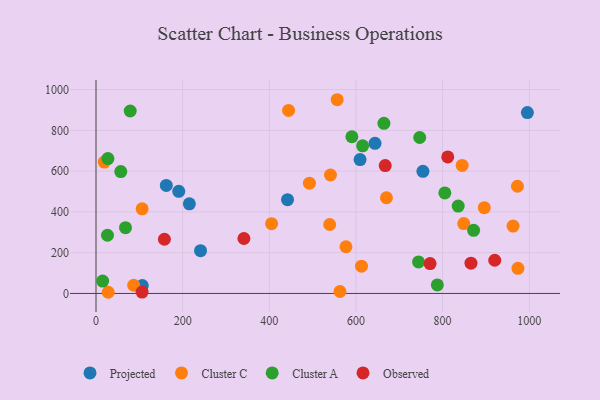
{"axis": {"x": "Price", "y": "Demand"}, "legend": ["Cluster A", "Cluster C", "Observed", "Projected"], "data": [{"x": "995.7", "y": 886.9, "type": "Projected"}, {"x": "215.5", "y": 439.5, "type": "Projected"}, {"x": "442.1", "y": 460.0, "type": "Projected"}, {"x": "162.3", "y": 529.6, "type": "Projected"}, {"x": "191.0", "y": 500.6, "type": "Projected"}, {"x": "241.3", "y": 210.0, "type": "Projected"}, {"x": "106.9", "y": 38.9, "type": "Projected"}, {"x": "644.0", "y": 736.2, "type": "Projected"}, {"x": "609.5", "y": 656.5, "type": "Projected"}, {"x": "754.6", "y": 598.9, "type": "Projected"}, {"x": "405.3", "y": 342.2, "type": "Cluster C"}, {"x": "492.6", "y": 540.9, "type": "Cluster C"}, {"x": "563.1", "y": 9.7, "type": "Cluster C"}, {"x": "972.8", "y": 525.7, "type": "Cluster C"}, {"x": "106.5", "y": 415.1, "type": "Cluster C"}, {"x": "670.4", "y": 469.2, "type": "Cluster C"}, {"x": "962.7", "y": 330.4, "type": "Cluster C"}, {"x": "19.1", "y": 644.0, "type": "Cluster C"}, {"x": "28.2", "y": 5.8, "type": "Cluster C"}, {"x": "541.2", "y": 580.8, "type": "Cluster C"}, {"x": "539.4", "y": 338.1, "type": "Cluster C"}, {"x": "612.8", "y": 134.0, "type": "Cluster C"}, {"x": "845.2", "y": 627.9, "type": "Cluster C"}, {"x": "556.7", "y": 949.9, "type": "Cluster C"}, {"x": "86.9", "y": 40.3, "type": "Cluster C"}, {"x": "848.9", "y": 342.5, "type": "Cluster C"}, {"x": "973.9", "y": 123.1, "type": "Cluster C"}, {"x": "577.0", "y": 228.9, "type": "Cluster C"}, {"x": "896.3", "y": 420.7, "type": "Cluster C"}, {"x": "444.5", "y": 897.2, "type": "Cluster C"}, {"x": "805.2", "y": 493.0, "type": "Cluster A"}, {"x": "664.6", "y": 834.2, "type": "Cluster A"}, {"x": "836.0", "y": 428.3, "type": "Cluster A"}, {"x": "79.0", "y": 894.6, "type": "Cluster A"}, {"x": "747.2", "y": 764.6, "type": "Cluster A"}, {"x": "615.4", "y": 724.0, "type": "Cluster A"}, {"x": "787.9", "y": 41.9, "type": "Cluster A"}, {"x": "26.5", "y": 285.5, "type": "Cluster A"}, {"x": "744.5", "y": 154.8, "type": "Cluster A"}, {"x": "57.2", "y": 597.6, "type": "Cluster A"}, {"x": "871.6", "y": 309.4, "type": "Cluster A"}, {"x": "27.5", "y": 661.3, "type": "Cluster A"}, {"x": "590.6", "y": 768.3, "type": "Cluster A"}, {"x": "15.3", "y": 60.5, "type": "Cluster A"}, {"x": "68.1", "y": 322.6, "type": "Cluster A"}, {"x": "106.3", "y": 6.9, "type": "Observed"}, {"x": "811.9", "y": 669.5, "type": "Observed"}, {"x": "157.9", "y": 265.8, "type": "Observed"}, {"x": "667.6", "y": 627.2, "type": "Observed"}, {"x": "865.5", "y": 148.6, "type": "Observed"}, {"x": "771.1", "y": 146.6, "type": "Observed"}, {"x": "341.4", "y": 269.4, "type": "Observed"}, {"x": "920.4", "y": 162.8, "type": "Observed"}]}